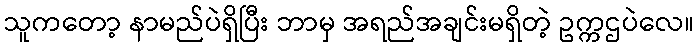
သူကတော့ နာမည်ပဲရှိပြီး ဘာမှ အရည်အချင်းမရှိတဲ့ ဥက္ကဌပဲလေ။